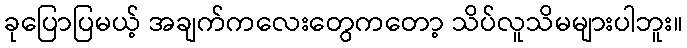
ခုပြောပြမယ့် အချက်ကလေးတွေကတော့ သိပ်လူသိမများပါဘူး။